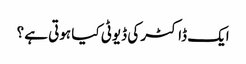
ایک ڈاکٹر کی ڈیوٹی کیا ہوتی ہے ؟